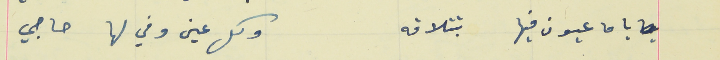
يا ما عيون فيها بتتلاقه                                                وكل عين وفي لها حاجي